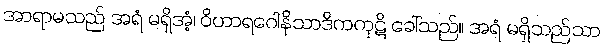
အာရာမသည် အရံ မရှိအံ့၊ ဝိဟာရဂေါနိသာဒိကကုဋိ ခေါ်သည်။ အရံ မရှိသည်သာ